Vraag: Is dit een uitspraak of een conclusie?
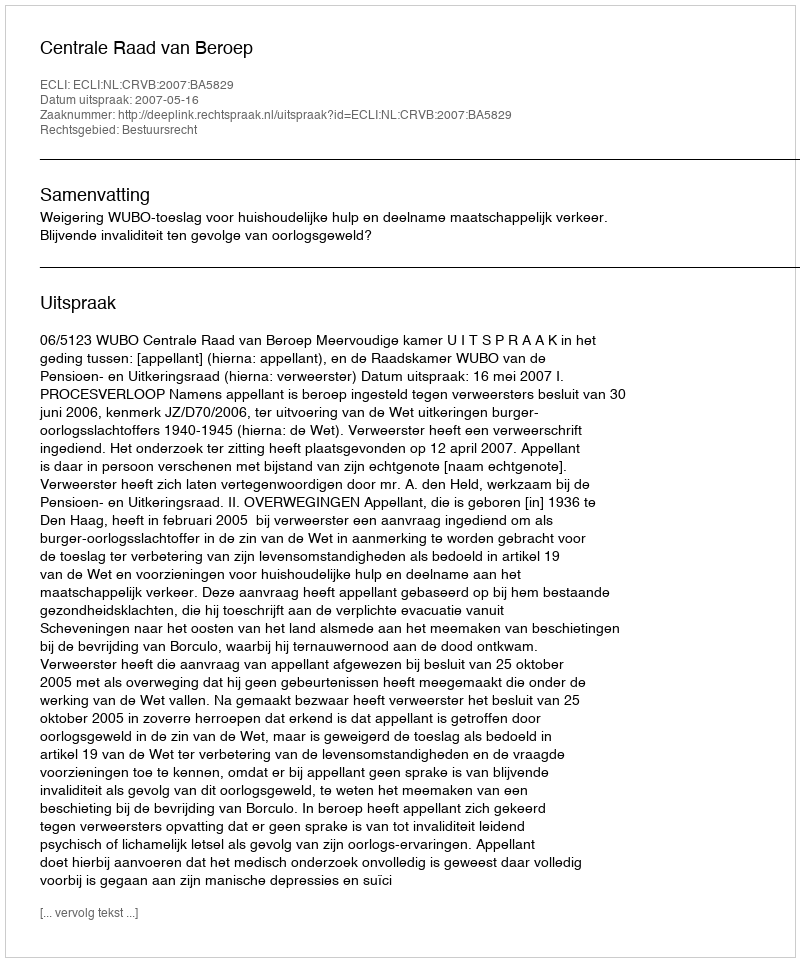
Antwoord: Uitspraak